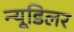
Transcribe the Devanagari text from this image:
न्यूडिलर